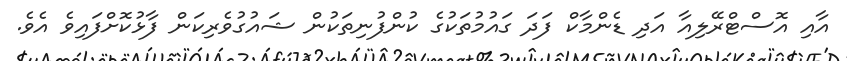
އާއި އޮސްޓްރޭލިއާ އަދި ޑެންމާކް ފަދަ ގައުމުތަކުގެ ކުންފުނިތަކުން ޝައުގުވެރިކަން ފާޅުކޮށްފައިވެ އެވެ.